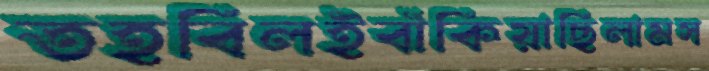
তহবিলইবাঁকিয়াছিলামস